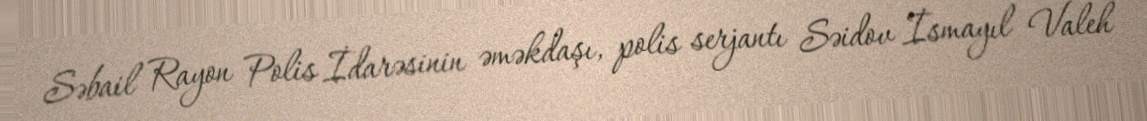
Səbail Rayon Polis İdarəsinin əməkdaşı, polis serjantı Səidov İsmayıl Valeh